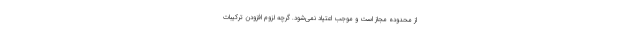
از محدوده مجاز است و موجب اعتیاد نمی‌شود. گرچه لزوم افزودن ترکیبات